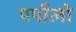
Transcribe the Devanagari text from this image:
पर्पोलो